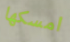
امسكها